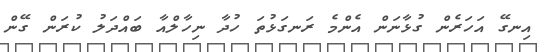
އިނގޭ އަހަރެން ގުޅާނަން އެންމެ ރަނގަޅުތަ ހުދާ ނިހާލްއާ ބައްދަލު ކުރަން ގޭން